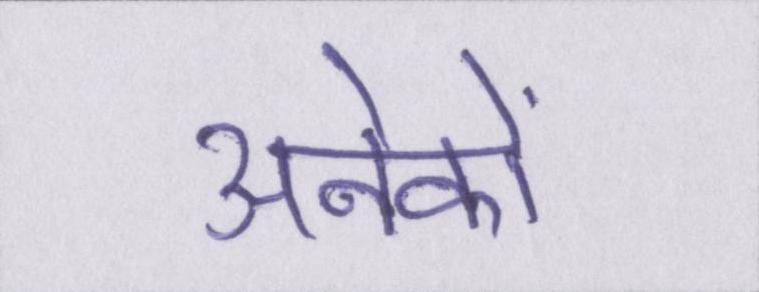
अनेकों